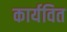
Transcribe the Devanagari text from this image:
कार्यवित